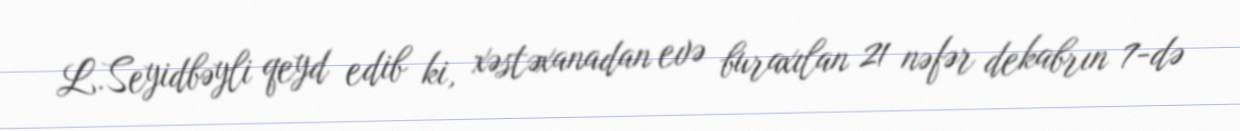
L.Seyidbəyli qeyd edib ki, xəstəxanadan evə buraxılan 21 nəfər dekabrın 7-də